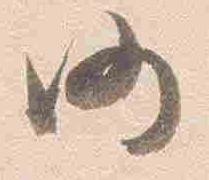
仍